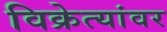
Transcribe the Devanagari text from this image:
विक्रेत्यांवर